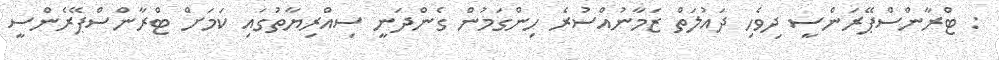
: ޓްރާންސްޕޭރަންސީ ދިވެހި ދައުލަތް ޒަމާނުއްސުރެ ހިންގަމުން ގެންދަނީ ސިއްރިޔާތުގައި ކަމަށް ޓްރާންސްޕޭރެންސީ